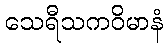
သေရီသကဝိမာနံ